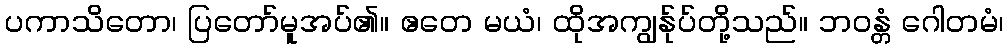
ပကာသိတော၊ ပြတော်မူအပ်၏။ ဧတေ မယံ၊ ထိုအကျွန်ုပ်တို့သည်။ ဘဝန္တံ ဂေါတမံ၊